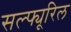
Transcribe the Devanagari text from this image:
सल्फ्यूरिल